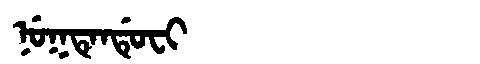
Manchu: ᠨᡠᡴᡨᡝᠨᡩᡠᠸᡳ
Romanization: NUKTENDUFI